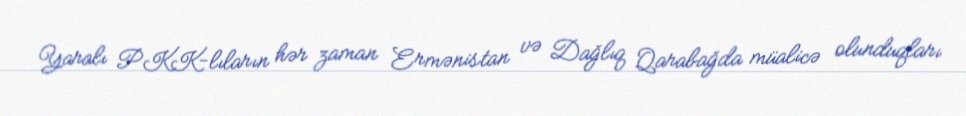
Yaralı PKK-lıların hər zaman Ermənistan və Dağlıq Qarabağda müalicə olunduqları